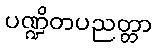
ပဏ္ဍိတပညတ္တာ